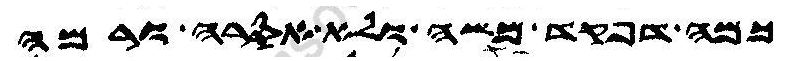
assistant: כמה דפקד משה ולא אסרה ורמה